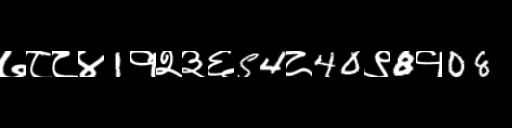
Text: ७८८४1१२३६54८40९8१08